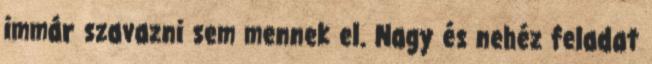
immár szavazni sem mennek el. Nagy és nehéz feladat